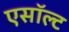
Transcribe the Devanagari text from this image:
एसॉल्ट